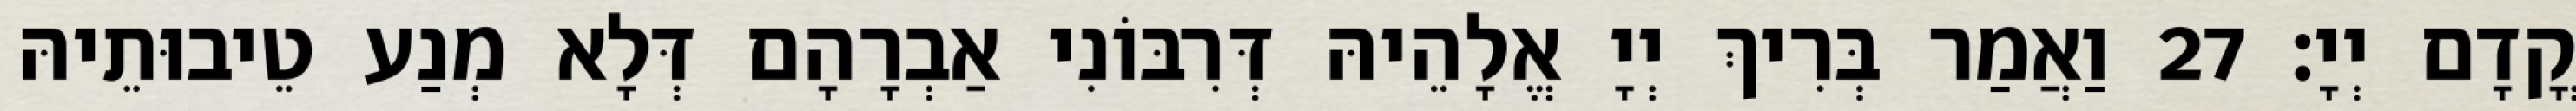
קֳדָם יְיָ׃ 27 וַאֲמַר בְּרִיךְ יְיָ אֱלָהֵיהּ דְּרִבּוֹנִי אַבְרָהָם דְּלָא מְנַע טֵיבוּתֵיהּ